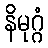
နိမုဂ္ဂံ